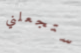
ستجعلني